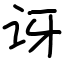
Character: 讶